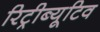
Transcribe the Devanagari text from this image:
रिट्रीब्यूटिव